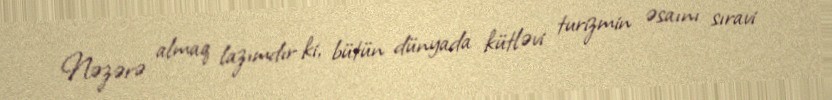
Nəzərə almaq lazımdır ki, bütün dünyada kütləvi turizmin əsaını sıravi